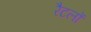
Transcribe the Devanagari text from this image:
रैटलों